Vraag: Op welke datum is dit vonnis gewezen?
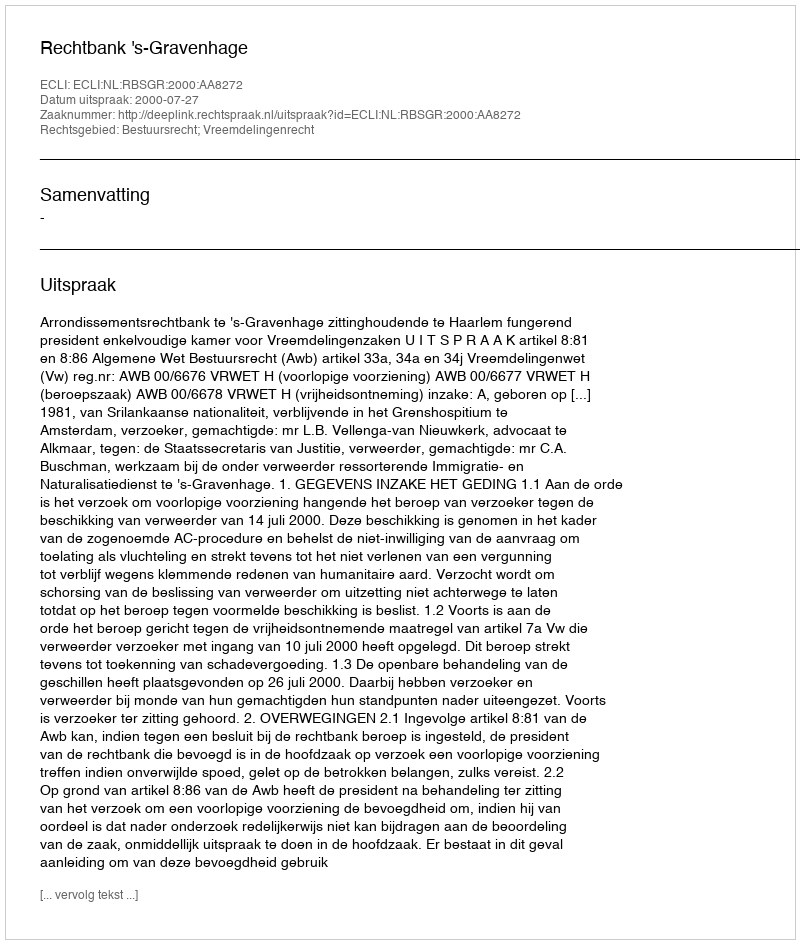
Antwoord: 2000-07-27